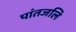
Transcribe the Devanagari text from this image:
पांतजलि